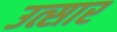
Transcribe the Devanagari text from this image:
उत्सार